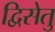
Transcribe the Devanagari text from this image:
द्विसेतु